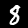
Label: 8